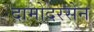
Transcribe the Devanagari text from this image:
दामोदरसेन